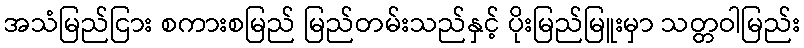
အသံမြည်ငြား စကားစမြည် မြည်တမ်းသည်နှင့် ပိုးမြည်မြူးမှာ သတ္တဝါမြည်း